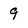
Character: 9